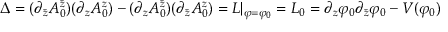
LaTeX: \Delta = ( \partial _ { \bar { z } } A _ { 0 } ^ { \bar { z } } ) ( \partial _ { z } A _ { 0 } ^ { z } ) - ( \partial _ { z } A _ { 0 } ^ { \bar { z } } ) ( \partial _ { \bar { z } } A _ { 0 } ^ { z } ) = { \cal L } | _ { \varphi = \varphi _ { 0 } } = { \cal L } _ { 0 } = \partial _ { z } \varphi _ { 0 } \partial _ { \bar { z } } \varphi _ { 0 } - V ( \varphi _ { 0 } )